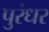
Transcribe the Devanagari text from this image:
पुरंधर